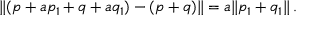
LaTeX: \lVert ( p + a p _ { 1 } + q + a q _ { 1 } ) - ( p + q ) \rVert = a \lVert p _ { 1 } + q _ { 1 } \rVert \, .